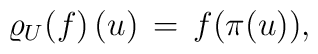
\lefteqn{ \varrho_U(f) \, (u) \, = \,  f \big( \pi (u) \big) , }